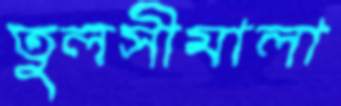
তুলসীমালা